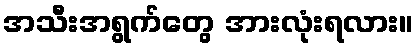
အသီးအရွက်တွေ အားလုံးရလား။